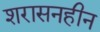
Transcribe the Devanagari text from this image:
शरासनहीन